Report on lock hospitals in British Burma
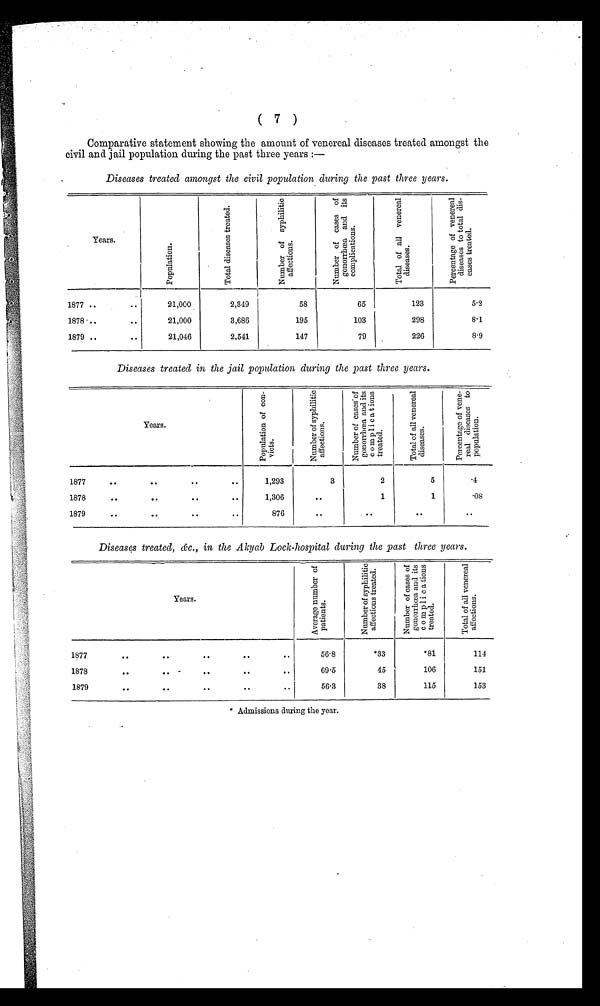
(7)
Comparative statement showing the amount of venereal diseases treated amongst the
civil and jail population during the past three years :—
Diseases treated amongst the civil population during the past three years.
Years.
P o p u l a t i o n
.
T o t a l d i s e a s e s t r e a t m e n t .
N u m b e r o f s y p h i l i t i c a f f e c t i o n s .
N u m b e r o f c a s e s o f g o n o r r h œ a a n d i t s c o m p l i c a t i o n s .
T o t a l o f a l l v e n e r a l d i s e a s e s .
P e r c e n t a g e o f v e n e r a l d i s e a s e s t o t o t a l d i s e a s e s t r e a t e d .
1877 ..
..
21,000
2,349
58
65
123
5.2
1878 ..
..
21,000
3,686
195
103
298
8.1
1879 ..
..
21,046
2,541
147
79
226
8.9
Diseases treated in the jail population during the past three years.
Years.
P o p u l a t i o n o f c o n -
v i c t s .
N u m b e r o f s y p h i l i t i c a f f e c t i o n s .
N u m b e r o f c a s e s o f g o n o r r h œ a a n d i t s c o m p l i c a t i o n s t r e a t e d .
T o t a l o f a l l v e n e r a l d i s e a s e s .
P e r c e n t a g e o f v e n e r a l d i s e a s e s t o p o p u l a t i o n .
1877
..
..
..
..
1,293
3
2
5
.4
1878
..
..
..
..
1,306
. .
1
1
.08
1879
..
..
..
..
876
..
. .
. .
. .
Diseases treated. &c., in the AKYab Lock-hospital during the past three years.
Years.
A v e r a g e n u m b e r o f p a t i e n t s .
N u m b e r o f s y p h i l i t i c a f f e c t i o n s t r e a t e d .
N u m b e r o f c a s e s o f g o n o r r h œ a a n d i t s c o m p l i c a t i o n s t r e a t e d .
T o t a l o f a l l v e n e r a l a f f e c t i o n s .
1877
..
..
..
..
..
56.8
*33
*81
114
1878
..
..
..
..
..
69.5
45
106
151
1879
..
..
..
..
..
56.3
38
115
153
* Admissions during the year.